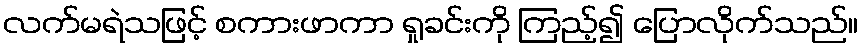
လက်မရဲသဖြင့် စကားဖာကာ ရှုခင်းကို ကြည့်၍ ပြောလိုက်သည်။